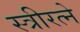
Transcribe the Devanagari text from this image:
स्त्रीरत्ने